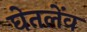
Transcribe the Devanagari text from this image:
घेतलेंव